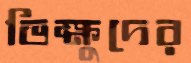
ভিক্ষুদের